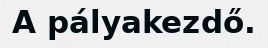
A pályakezdő.